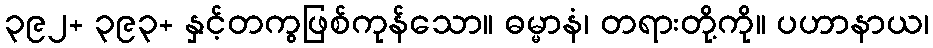
၃၉၂+ ၃၉၃+ နှင့်တကွဖြစ်ကုန်သော။ ဓမ္မာနံ၊ တရားတို့ကို။ ပဟာနာယ၊